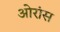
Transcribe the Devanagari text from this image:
ओरांंस